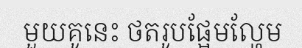
មួយគូនេះ ថតរូបផ្អែមល្ហែម